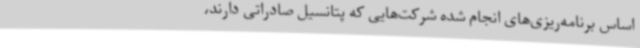
اساس برنامه‌ریزی‌های انجام شده شرکت‌هایی که پتانسیل صادراتی دارند،